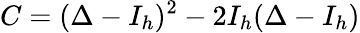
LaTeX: C=(\Delta-I_{h})^{2}-2I_{h}(\Delta-I_{h})